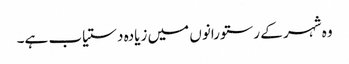
وہ شہر کے رستورانوں میں زیادہ دستیاب ہے۔